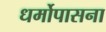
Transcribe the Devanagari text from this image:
धर्मोपासना